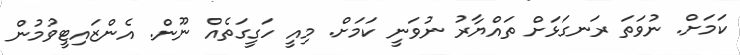
ކަމަށް. ނުވަތަ ރަނގަޅަށް ތައްޔާރު ނުވަނީ ކަމަށް. މިއީ ހަގީގަތެއް ނޫން. އެންޒައިޓީވުމުން